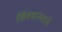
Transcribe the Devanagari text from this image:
शिवमानवाने